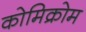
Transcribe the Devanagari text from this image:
कोमिक्रोम